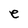
Character: e